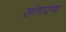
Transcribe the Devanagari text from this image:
संतारण